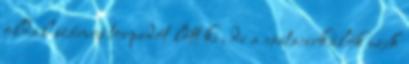
oldal számos torpedót lőtt ki, de a csatacirkálók ezek